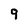
Character: q